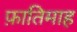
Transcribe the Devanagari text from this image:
फ़ातिमाह